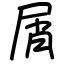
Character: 屑